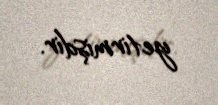
yetirmişdir.